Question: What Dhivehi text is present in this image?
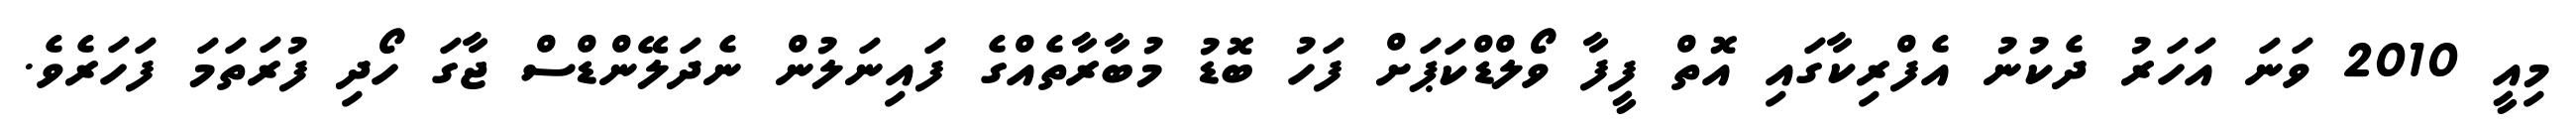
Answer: މިއީ 2010 ވަނަ އަހަރު ދެކުނު އެފްރިކާގައި އޮތް ފީފާ ވޯލްޑްކަޕަށް ފަހު ބޮޑު މުބާރާތެއްގެ ފައިނަލުން ނެދަލޭންޑްސް ޖާގަ ހޯދި ފުރަތަމަ ފަހަރެވެ.